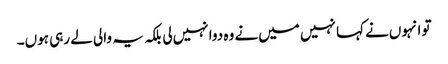
تو انہوں‌نے کہا نہیں میں‌نے وہ دوا نہیں‌لی بلکہ یہ والی لے رہی ہوں۔